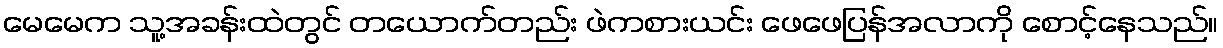
မေမေက သူ့အခန်းထဲတွင် တယောက်တည်း ဖဲကစားယင်း ဖေဖေပြန်အလာကို စောင့်နေသည်။